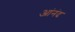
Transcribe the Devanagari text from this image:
आंनंद